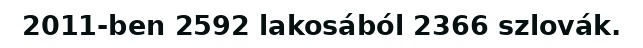
2011-ben 2592 lakosából 2366 szlovák.